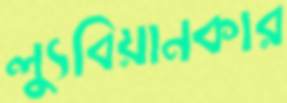
ল্যুবিয়ানকার